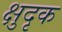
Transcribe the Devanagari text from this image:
क्षुदृक